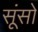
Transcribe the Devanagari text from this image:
सूंसो